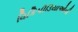
વિકિપીડિયાઓની